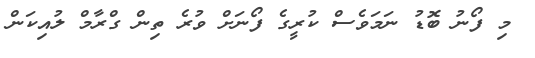
މި ފޯނު ބޮޑު ނަމަވެސް ކުރީގެ ފޯނަށް ވުރެ ތިން ގްރާމް ލުއިކަން